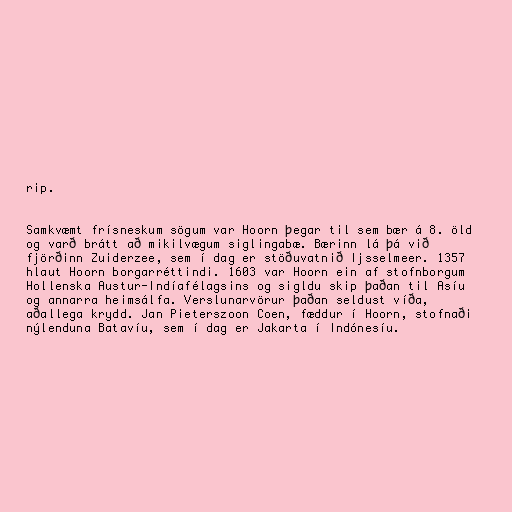
rip.

Samkvæmt frísneskum sögum var Hoorn þegar til sem bær á 8. öld
og varð brátt að mikilvægum siglingabæ. Bærinn lá þá við
fjörðinn Zuiderzee, sem í dag er stöðuvatnið Ijsselmeer. 1357
hlaut Hoorn borgarréttindi. 1603 var Hoorn ein af stofnborgum
Hollenska Austur-Indíafélagsins og sigldu skip þaðan til Asíu
og annarra heimsálfa. Verslunarvörur þaðan seldust víða,
aðallega krydd. Jan Pieterszoon Coen, fæddur í Hoorn, stofnaði
nýlenduna Batavíu, sem í dag er Jakarta í Indónesíu.